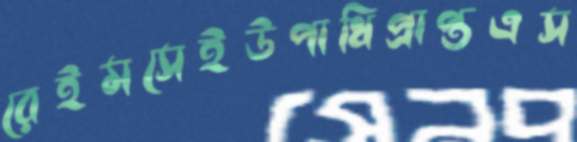
রেইমসেইউপাধিপ্রাপ্তএস